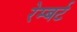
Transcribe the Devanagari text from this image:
रेम्बर्ट